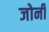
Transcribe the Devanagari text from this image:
जोर्नी